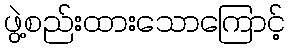
ဖွဲ့စည်းထားသောကြောင့်